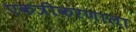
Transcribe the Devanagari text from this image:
एकत्रीकरणाला